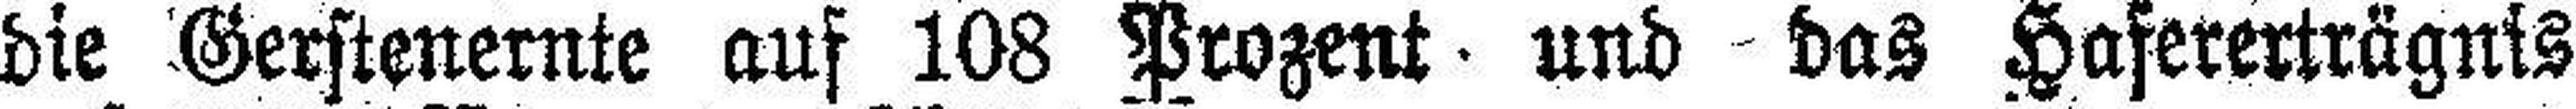
die Gerstenernte auf 108 Prozent und das Hafererträgnis